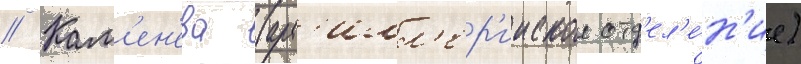
// Кам'ен'ева (арт'илл'ер'ииское отд'ел'е́н'ие)